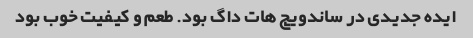
ایده جدیدی در ساندویچ هات داگ بود. طعم و کیفیت خوب بود